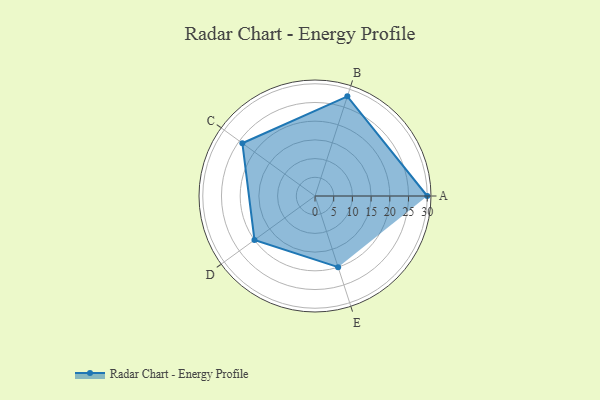
{"axis": {"x": "Skill", "y": "Score"}, "legend": ["Profile"], "data": [{"x": "A", "y": 30.0, "type": "Profile"}, {"x": "B", "y": 28.0, "type": "Profile"}, {"x": "C", "y": 24.0, "type": "Profile"}, {"x": "D", "y": 20.0, "type": "Profile"}, {"x": "E", "y": 20, "type": "Profile"}]}